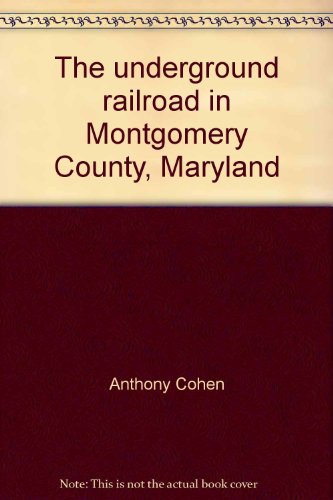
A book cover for The underground railroad in Montgomery County, Maryland: A history and driving guide; Anthony Cohen; Travel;